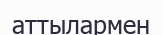
аттылармен